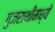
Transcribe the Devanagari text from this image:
गुजराथीमध्ये